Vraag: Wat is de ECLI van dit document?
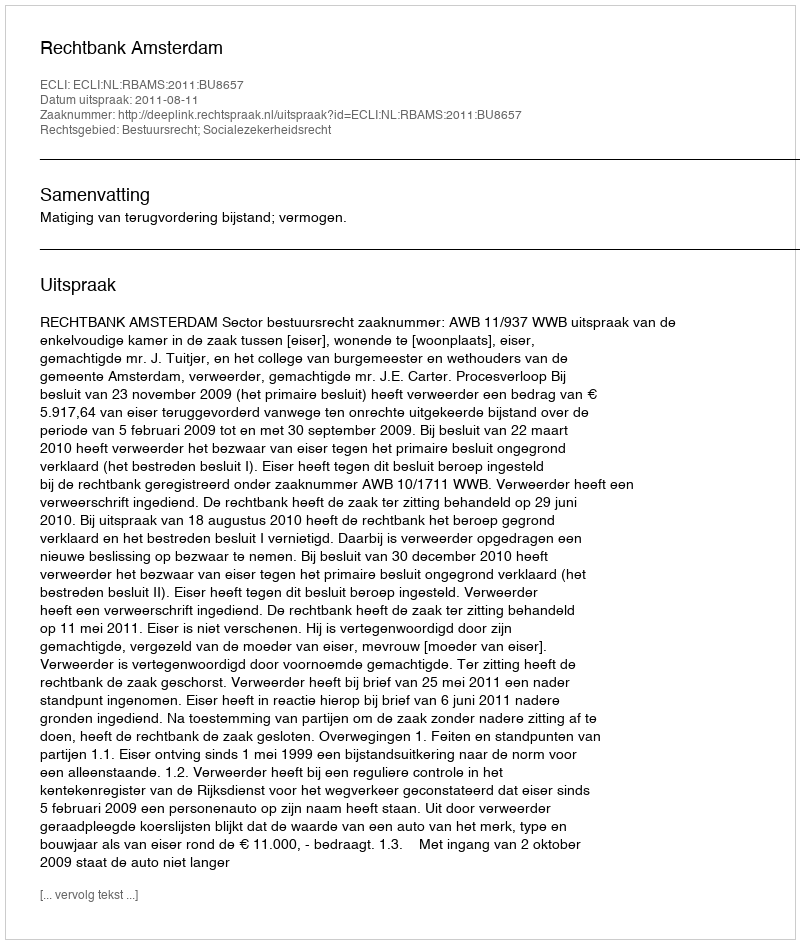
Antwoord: ECLI:NL:RBAMS:2011:BU8657